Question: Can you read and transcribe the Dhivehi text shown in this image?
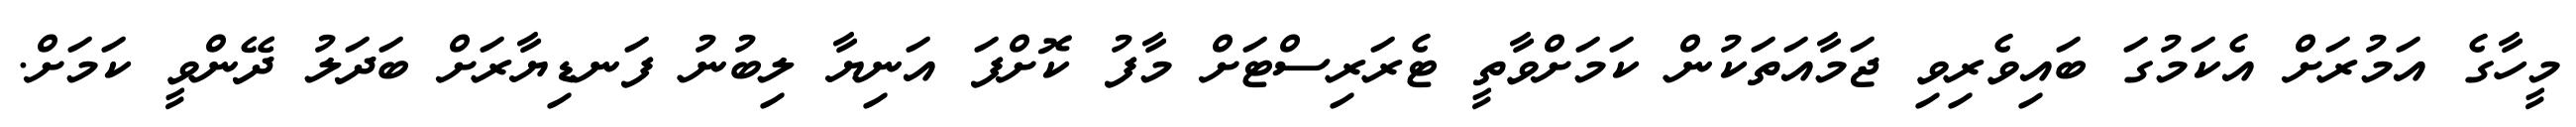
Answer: މީހާގެ އަމުރަށް އެކަމުގަ ބައިވެރިވި ޖަމާއަތަކުން ކަމަށްވާތީ ޓެރަރިސްޓަށް މާފު ކޮށްފަ އަނިޔާ ލިބުނު ފަނޑިޔާރަށް ބަދަލު ދޭންވީ ކަމަށް.